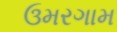
ઉમરગામ